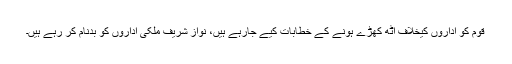
قوم کو اداروں کیخلاف اٹھ کھڑے ہونے کے خطابات کیے جارہے ہیں، نواز شریف ملکی اداروں کو بدنام کر رہے ہیں۔